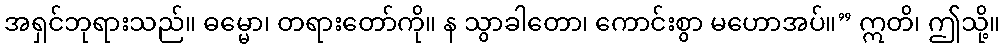
အရှင်ဘုရားသည်။ ဓမ္မော၊ တရားတော်ကို။ န သွာခါတော၊ ကောင်းစွာ မဟောအပ်။” ဣတိ၊ ဤသို့။